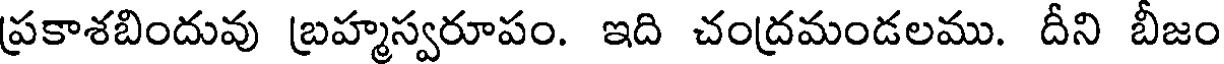
ప్రకాశబిందువు బ్రహ్మస్వరూపం. ఇది చంద్రమండలము. దీని బీజం